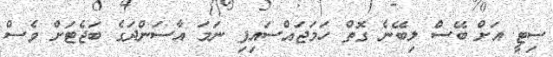
ސިޓީ އަށް ބޭސް ލިބޭނެ ގޮތް ހަމަޖައްސައިފި ނަމަ އާސަންދަގެ ބަޖެޓަށް ވެސް